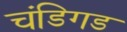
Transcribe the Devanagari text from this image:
चंडिगड